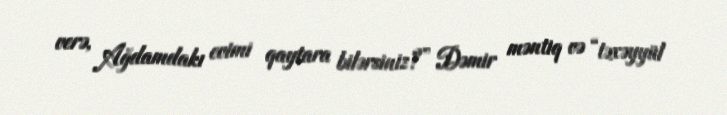
verə, Ağdamdakı evimi qaytara bilərsiniz?” Dəmir məntiq və “təxəyyül